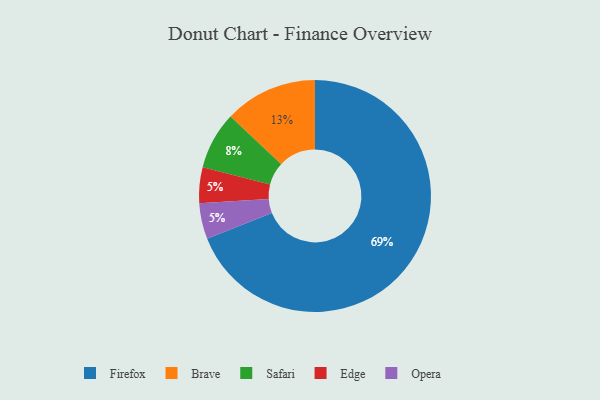
{"axis": {"x": "Category", "y": "Percentage"}, "legend": ["Brave", "Edge", "Firefox", "Opera", "Safari"], "data": [{"x": "Safari", "y": 8, "type": "Safari"}, {"x": "Firefox", "y": 69, "type": "Firefox"}, {"x": "Edge", "y": 5, "type": "Edge"}, {"x": "Opera", "y": 5, "type": "Opera"}, {"x": "Brave", "y": 13, "type": "Brave"}]}